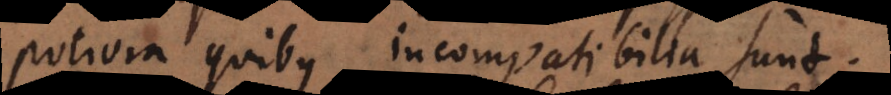
potiora quibus incompatibilia sunt.